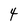
Character: 4